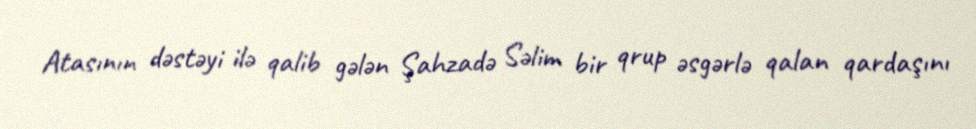
Atasının dəstəyi ilə qalib gələn Şahzadə Səlim bir qrup əsgərlə qalan qardaşını